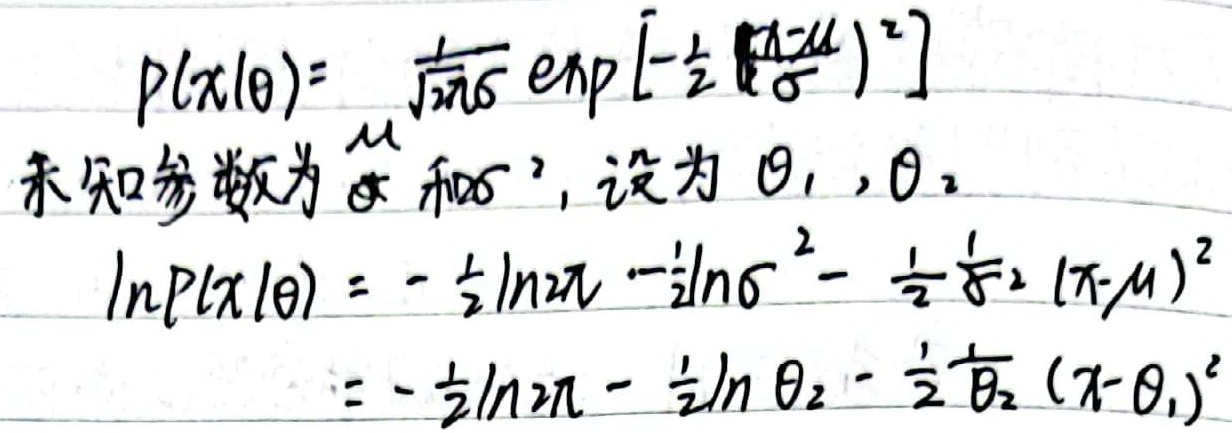
未知参数为 $\mu$ 和 $\sigma^{2}$，设为 $\theta_{1}$，$\theta_{2}$。
\[\begin{align*}
p(x|\theta)&=\frac{1}{\sqrt{2\pi}\sigma}\exp\left[-\frac{1}{2}\left(\frac{x - \mu}{\sigma}\right)^2\right]\\
\ln p(x|\theta)&=-\frac{1}{2}\ln 2\pi-\frac{1}{2}\ln\sigma^{2}-\frac{1}{2}\frac{1}{\sigma^{2}}(x - \mu)^2\\
&=-\frac{1}{2}\ln 2\pi-\frac{1}{2}\ln\theta_{2}-\frac{1}{2}\frac{1}{\theta_{2}}(x - \theta_{1})^2
\end{align*}\]